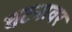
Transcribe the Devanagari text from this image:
घटनावर